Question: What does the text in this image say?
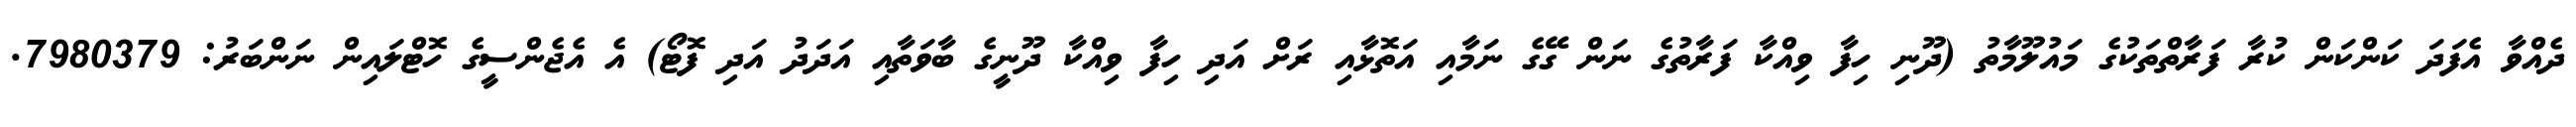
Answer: ދެއްވާ އެފަދަ ކަންކަން ކުރާ ފަރާތްތަކުގެ މައުލޫމާތު (ދޫނި ހިފާ ވިއްކާ ފަރާތުގެ ނަން ގޭގެ ނަމާއި އަތޮޅާއި ރަށް އަދި ހިފާ ވިއްކާ ދޫނީގެ ބާވަތާއި އަދަދު އަދި ފޮޓޯ) އެ އެޖެންސީގެ ހޮޓްލައިން ނަންބަރު: 7980379.